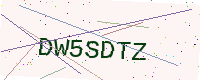
Text: DW5SDTZ